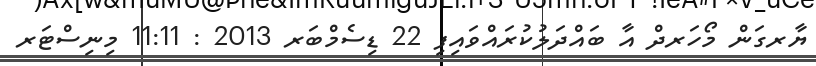
ޔާރގަން މޯހަރދް އާ ބައްދަލުކުރައްވައިފި 22 ޑިސެމްބަރ 2013 : 11:11 މިނިސްޓަރ